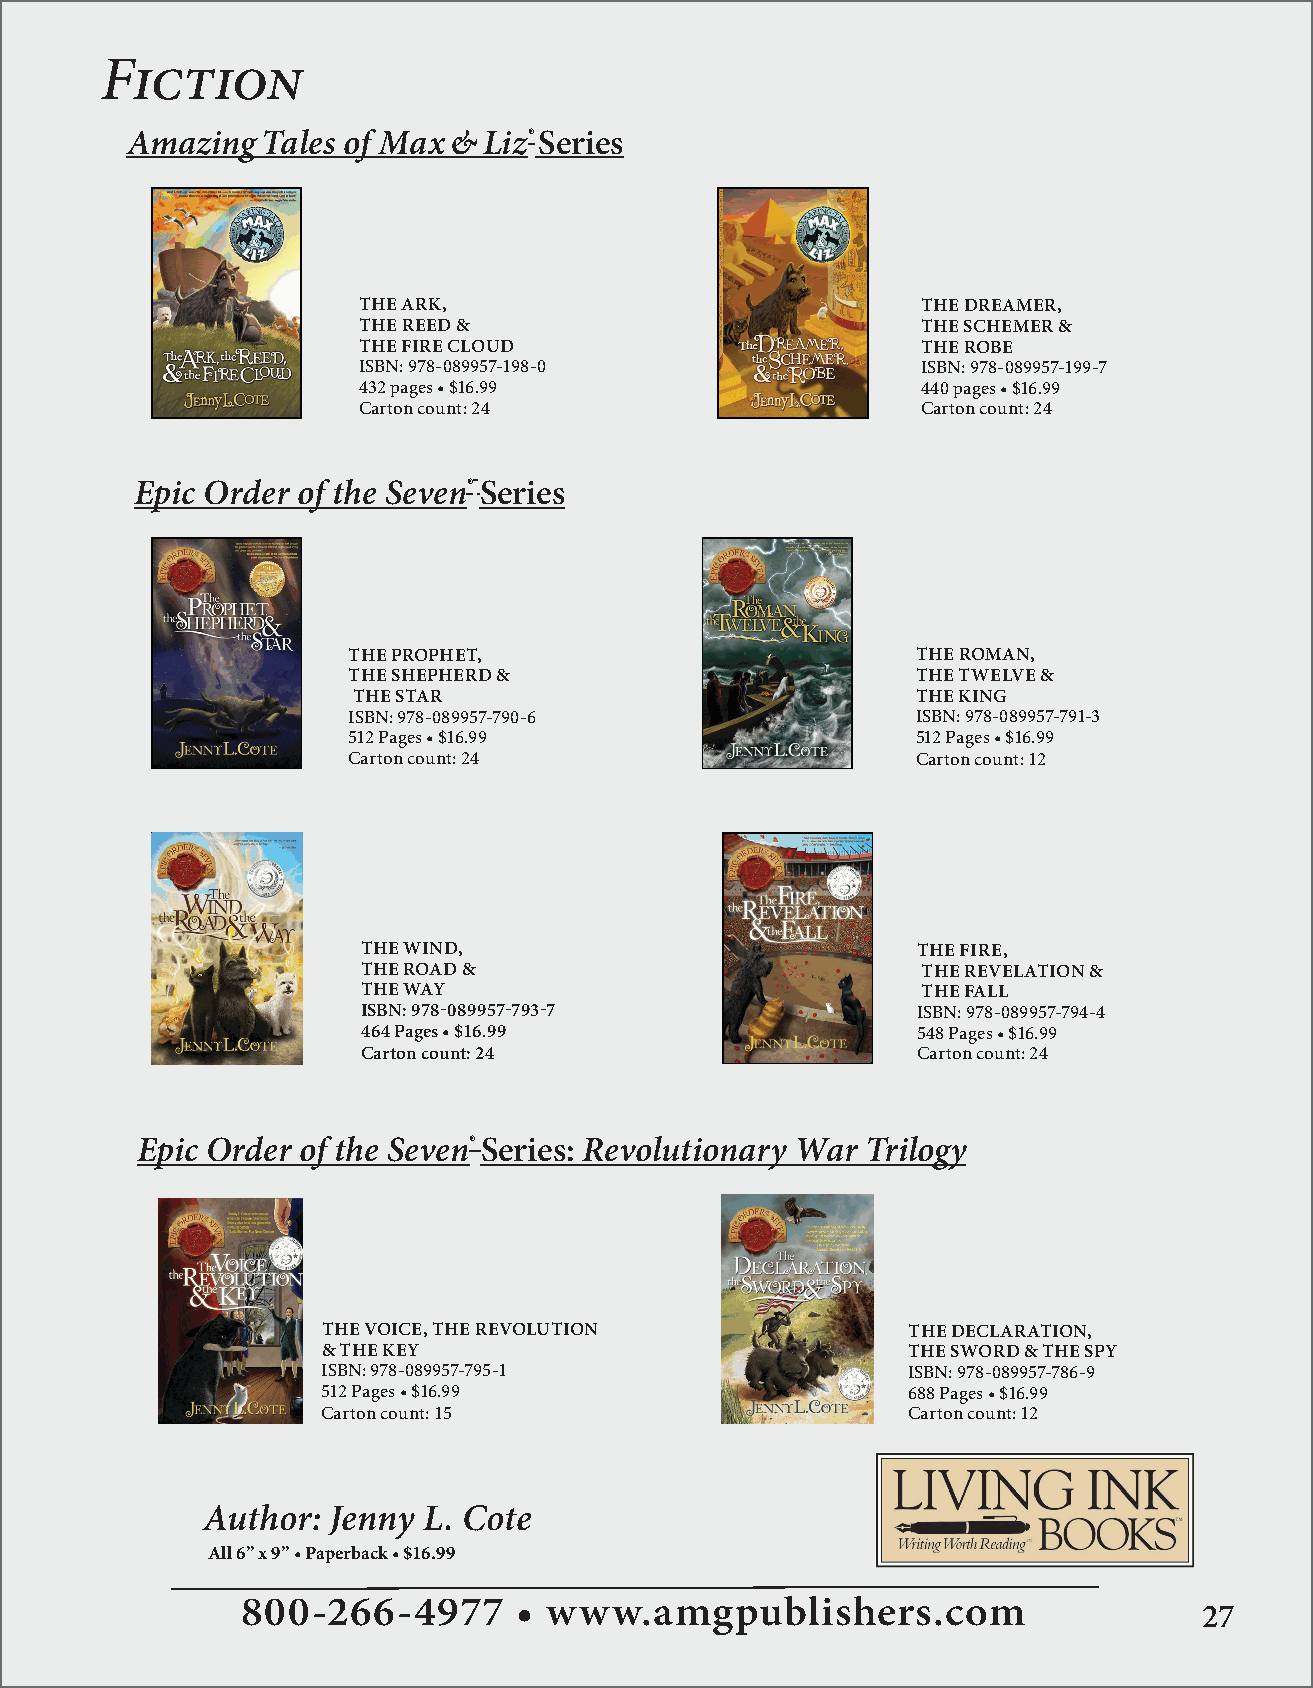
Fiction
 AmazingTales   of Max&Liz®Series
 THE ARK,                             THE DREAMER,
 THE REED &                           THE SCHEMER &
 THE FIRE CLOUD                       THE ROBE
 ISBN: 978-089957-198-0               ISBN: 978-089957-199-7
 432 pages • $16.99                   440 pages • $16.99
 Carton count: 24                     Carton count: 24
 Epic Order of the Seven® Series
 THE PROPHET,                          THE ROMAN,
 THE SHEPHERD &                        THE TWELVE &
 THE STAR                              THE KING
 ISBN: 978-089957-790-6                ISBN: 978-089957-791-3
 512 Pages • $16.99                    512 Pages • $16.99
 Carton count: 24                      Carton count: 12
 THE WIND,                            THE FIRE,
 THE ROAD &                           THE REVELATION &
 THE WAY                              THE FALL
 ISBN: 978-089957-793-7               ISBN: 978-089957-794-4
 464 Pages • $16.99                   548 Pages • $16.99
 Carton count: 24                     Carton count: 24
 Epic Order of the Seven® Series: Revolutionary War Trilogy
 THE VOICE, THE REVOLUTION              THE DECLARATION,
 & THE KEY                              THE SWORD & THE SPY
 ISBN: 978-089957-795-1                 ISBN: 978-089957-786-9
 512 Pages • $16.99                     688 Pages • $16.99
 Carton count: 15                       Carton count: 12
 Author:  Jenny L. Cote
 All 6” x 9” • Paperback • $16.99
 800-266-4977      • www.amgpublishers.com
 27